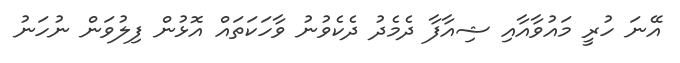
އޭނަ ހުރީ މައުވާއާއި ޝިއާފާ ދެމެދު ދެކެވުނު ވާހަކަތައް އޮޅުން ފިލުވަން ނުހަނު